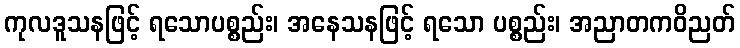
ကုလဒူသနဖြင့် ရသောပစ္စည်း၊ အနေသနဖြင့် ရသော ပစ္စည်း၊ အညာတကဝိညတ်